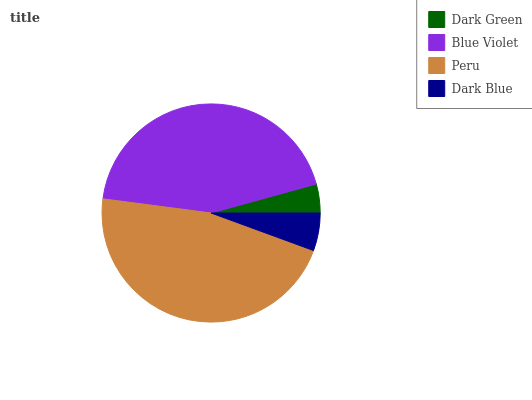
| Dark Green | Blue Violet | Peru | Dark Blue |
 | --- | --- | --- | --- |
 | 4.28% | 43.6% | 46.5% | 5.59% |